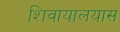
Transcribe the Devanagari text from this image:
शिवायालयास